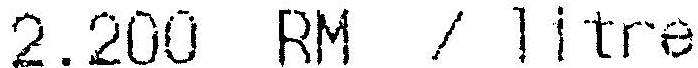
2.200 RM / LITRE